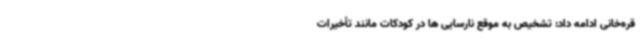
قره‌خانی ادامه داد: تشخیص به موقع نارسایی ها در کودکات مانند تأخیرات